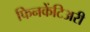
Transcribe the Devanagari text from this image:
फिनकेंटिअरी